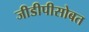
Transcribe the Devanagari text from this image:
जीडीपीसोबत